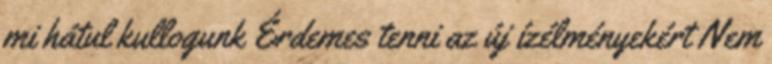
mi hátul kullogunk Érdemes tenni az új ízélményekért Nem